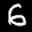
Label: 6